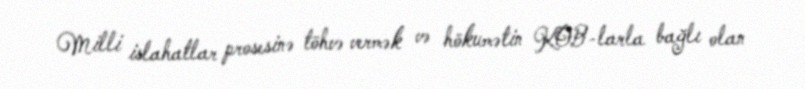
Milli islahatlar prosesinə töhvə vermək və hökumətin KOB-larla bağlı olan